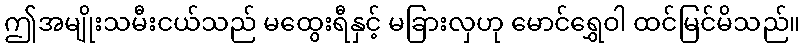
ဤအမျိုးသမီးငယ်သည် မထွေးရီနှင့် မခြားလှဟု မောင်ရွှေဝါ ထင်မြင်မိသည်။